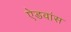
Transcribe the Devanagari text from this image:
ऐडवांस